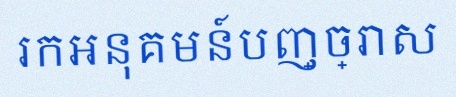
រកអនុគមន៍បញ្ច្រាស